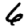
Digit: 6